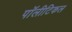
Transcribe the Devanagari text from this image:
पॉलीटिकल